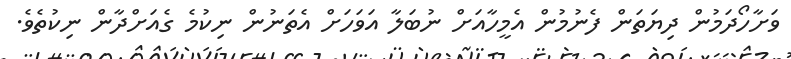
ވަށާހޯދަމުން ދިޔަތަން ފެނުމުން އެމީހާއަށް ނުބަލާ އަވަހަށް އެތަނުން ނިކުމެ ގެއަށްދާން ނިކުތެވެ.